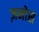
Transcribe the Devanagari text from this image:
ज़नोस